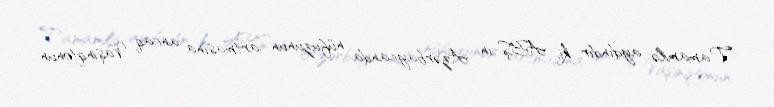
Tamamilə aydındır ki, ABŞ-ın Azərbaycanda nüfuzunun artmasına ancaq Vaşinqtonun